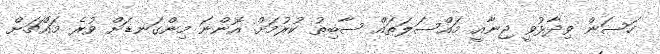
ހަސަން ވިދާޅުވީ ޖިނާއީ މައްސަލަތައް ސާބިތު ކުރުމަށް އޮންނަ މިންގަނޑަށް ވުރެ މައްޗަށް